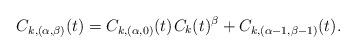
LaTeX: \begin{align*}C_{k,(\alpha,\beta)}(t) = C_{k,(\alpha,0)}(t) \kern+1pt C_k(t)^\beta + C_{k,(\alpha-1,\beta-1)}(t).\end{align*}